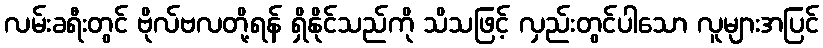
လမ်းခရီးတွင် ဗိုလ်ဗလတို့ရန် ရှိနိုင်သည်ကို သိသဖြင့် လှည်းတွင်ပါသော လူများအပြင်